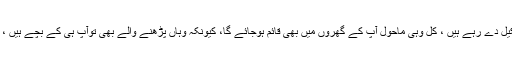
لیکن انہیں یہ معلوم نہیں کہ جوگندگی آپ تعلیمی اداروں پر پھینک رہے ہیں اور ان کا ماحول تشکیل دے رہے ہیں ، کل وہی ماحول آپ کے گھروں میں بھی قائم ہوجائے گا، کیونکہ وہاں پڑھنے والے بھی توآپ ہی کے بچے ہیں ، جو اس ماحول میں پنپ رہے ہیں ، کل وہ یہاں سے نکل کر اسی ماحول کو گھرتک لے آئیں گے۔